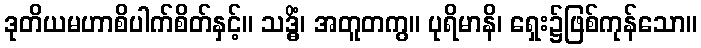
ဒုတိယမဟာစိပါက်စိတ်နှင့်။ သဒ္ဓိံ၊ အတူတကွ။ ပုရိမာနိ၊ ရှေး၌ဖြစ်ကုန်သော။